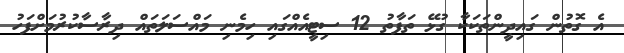
އެ ގޮތުން ގައިދީންތަކަކާ ގުޅޭ ތަފާތު 12 ސިޓީއެއްގައި ހިމެނި މައްސަލަތައް ދިރާސާކުރުމަށްފަހު